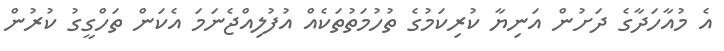
އެ މުއާހަދާގެ ދަށުން އަނިޔާ ކުރިކަމުގެ ތުހުމަތުތަކެއް އުފުލިއްޖެނަމަ އެކަން ތަހްގީގު ކުރުން